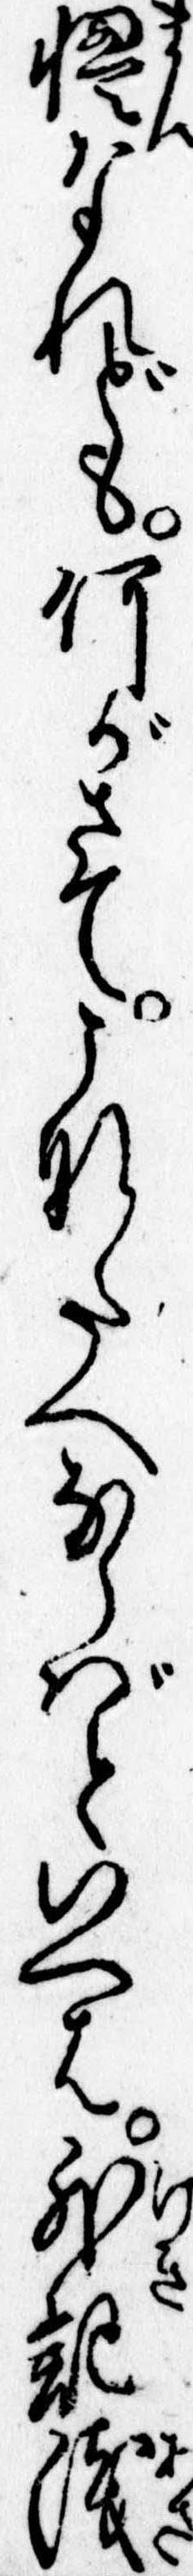
慢なれども何がさてこなたへならばといへは外記浅